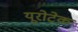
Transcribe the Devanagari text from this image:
यूरोटेक